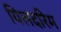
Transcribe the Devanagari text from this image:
यिलदरिम